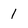
Character: 1